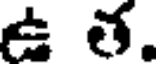
ఉ త.